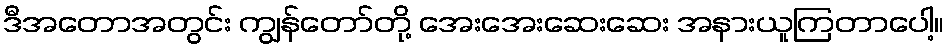
ဒီအတောအတွင်း ကျွန်တော်တို့ အေးအေးဆေးဆေး အနားယူကြတာပေါ့။